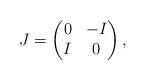
LaTeX: \begin{align*}J=\begin{pmatrix}0&-I\\I&0\end{pmatrix},\end{align*}